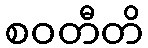
စဝတီတိ